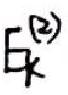
\( \xi_{k}^{(2)} \)